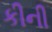
કીની